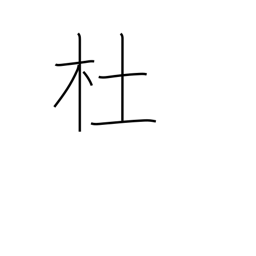
Meaning: grove